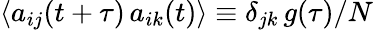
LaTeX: \langle a_{ij}(t+\tau)\, a_{ik}(t)\rangle\equiv\delta_{jk}\, g(\tau)/N